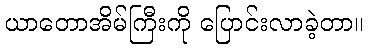
ယာတောအိမ်ကြီးကို ပြောင်းလာခဲ့တာ။